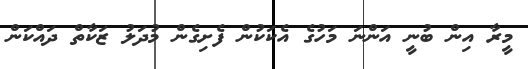
މީރާ އިން ބުނީ އަންނަ މަހުގެ އެކަކުން ފެށިގެން މުދަލު ޒަކާތް ދައްކަން